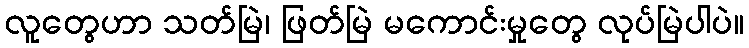
လူတွေဟာ သတ်မြဲ၊ ဖြတ်မြဲ မကောင်းမှုတွေ လုပ်မြဲပါပဲ။